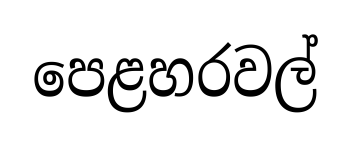
පෙළහරවල්